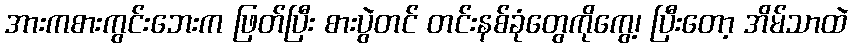
အားကစားကွင်းဘေးက ဖြတ်ပြီး စားပွဲတင် တင်းနစ်ခုံတွေကိုကွေ့၊ ပြီးတော့ အိမ်သာထဲ